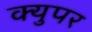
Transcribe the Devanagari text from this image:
क्युपर